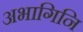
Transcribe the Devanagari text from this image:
अभागिनि